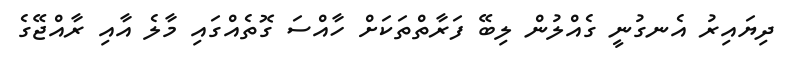
ދިޔައިރު އެނގުނީ ގެއްލުން ލިބޭ ފަރާތްތަކަށް ހާއްސަ ގޮތެއްގައި މާލެ އާއި ރާއްޖޭގެ